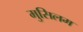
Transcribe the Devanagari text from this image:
मुसिलम